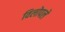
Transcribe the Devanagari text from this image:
विलोपले